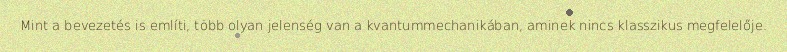
Mint a bevezetés is említi, több olyan jelenség van a kvantummechanikában, aminek nincs klasszikus megfelelője.